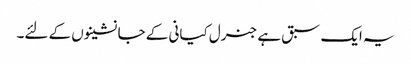
یہ ایک سبق ہے جنرل کیانی کے جانشینوں کے لئے۔